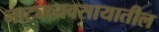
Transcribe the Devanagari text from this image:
नाट्यव्यवसायातील